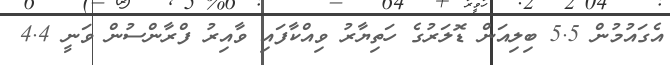
އެގައުމުން 5.5 ބިލިއަން ޑޮލަރުގެ ހަތިޔާރު ވިއްކާފައި ވާއިރު ފްރާންސުން ވަނީ 4.4